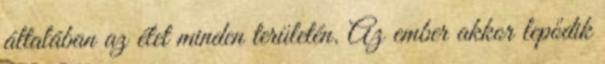
általában az élet minden területén. Az ember akkor lepődik